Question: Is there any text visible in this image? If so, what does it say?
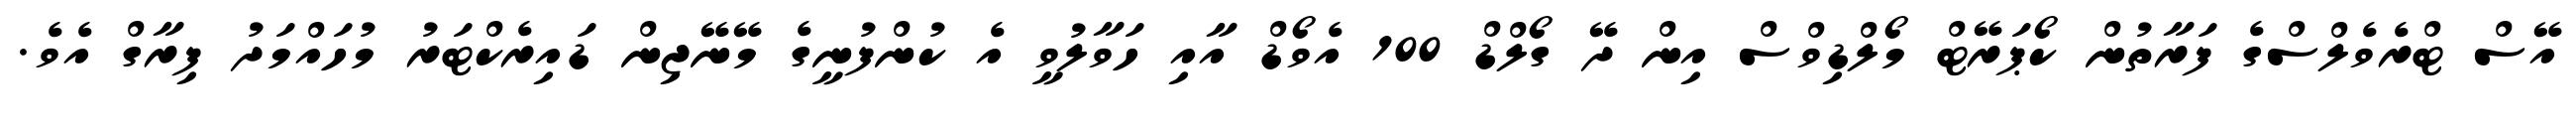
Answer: އޭސް ޓްރެވެލްސްގެ ފަރާތުން ކޯޕަރޭޓް މޯލްޑިވްސް އިން ދޭ ގޯލްޑް 100 އެވޯޑް އާއި ހަވާލުވީ އެ ކުންފުނީގެ މޭނޭޖިން ޑައިރެކްޓަރު މުހައްމަދު ފިރާގް އެވެ.